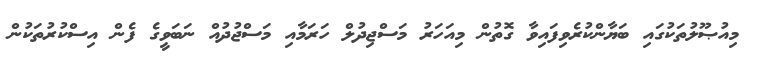
މިއުޞޫލުތަކުގައި ބަޔާންކުރެވިފައިވާ ގޮތުން މިއަހަރު މަސްޖިދުލް ހަރަމާއި މަސްޖުދުއް ނަބަވީގެ ފެން އިސްކުރުތަކުން